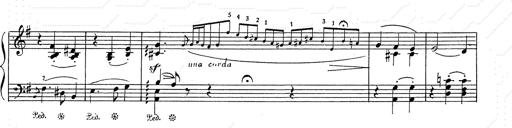
Title: 6 Polish Songs
Composer: Franz Liszt